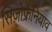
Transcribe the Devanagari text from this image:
सिज़ोफ्रेनियाव